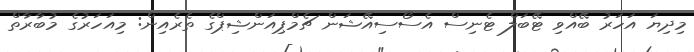
މިދިޔަ އަހަރު ބޭއްވި ޓޭބަލް ޓެނިސް އެސޯސިއޭޝަން ޗެމްޕިއަންޝިޕްގެ ތެރެއިން: މިއަހަރުގެ މުބާރާތް